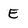
Character: E